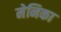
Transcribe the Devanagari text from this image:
मेनिका